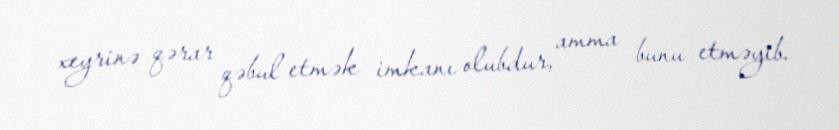
xeyrinə qərar qəbul etmək imkanı olubdur, amma bunu etməyib.